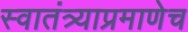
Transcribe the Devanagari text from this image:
स्वातंत्र्याप्रमाणेच